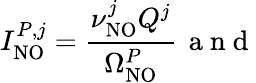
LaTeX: I_{\mathrm{NO}}^{P,j}=\frac{\nu_{\mathrm{NO}}^{j}Q^{j}}{\Omega_{\mathrm{NO}}^{P}}\, \mathrm{~a~n~d~}